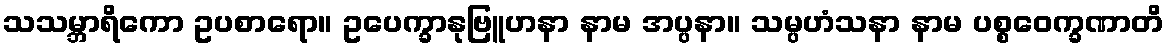
သသမ္ဘာရိကော ဥပစာရော။ ဥပေက္ခာနုဗြူဟနာ နာမ အပ္ပနာ။ သမ္ပဟံသနာ နာမ ပစ္စဝေက္ခဏာတိ